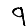
Digit: 9